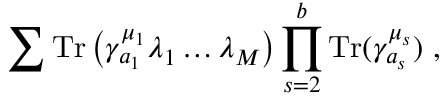
\sum \mathrm { T r } \left( \gamma _ { a _ { 1 } } ^ { \mu _ { 1 } } \lambda _ { 1 } \dots \lambda _ { M } \right) \prod _ { s = 2 } ^ { b } \mathrm { T r } ( \gamma _ { a _ { s } } ^ { \mu _ { s } } ) ~ ,